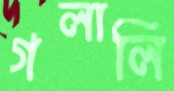
গলালি